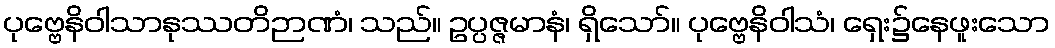
ပုဗ္ဗေနိဝါသာနုဿတိဉာဏံ၊ သည်။ ဥပ္ပဇ္ဇမာနံ၊ ရှိသော်။ ပုဗ္ဗေနိဝါသံ၊ ရှေး၌နေဖူးသော